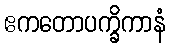
ဧကတောပက္ခိကာနံ